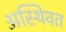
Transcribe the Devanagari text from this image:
अस्थिवत